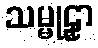
သမ္မုဠှာ